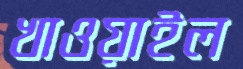
খাওয়াইল